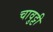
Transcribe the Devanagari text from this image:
चावुट्टी